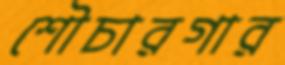
শৌচারগার